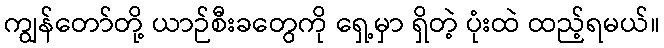
ကျွန်တော်တို့ ယာဉ်စီးခတွေကို ရှေ့မှာ ရှိတဲ့ ပုံးထဲ ထည့်ရမယ်။